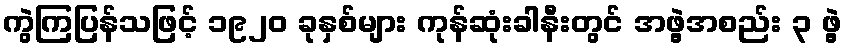
ကွဲကြပြန်သဖြင့် ၁၉၂၀ ခုနှစ်များ ကုန်ဆုံးခါနီးတွင် အဖွဲ့အစည်း ၃ ဖွဲ့